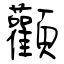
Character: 顴